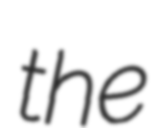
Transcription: the